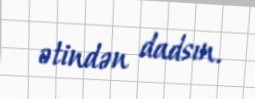
ətindən dadsın.